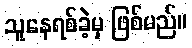
သူနေရစ်ခဲ့မှ ဖြစ်မည်။